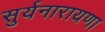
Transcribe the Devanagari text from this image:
सुर्यनारायणा